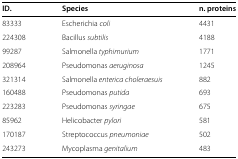
<table><thead><tr><td><b>ID.</b></td><td><b>Species</b></td><td><b>n. proteins</b></td></tr></thead><tbody><tr><td>83333</td><td>Escherichia <i>coli</i></td><td>4431</td></tr><tr><td>224308</td><td>Bacillus <i>subtilis</i></td><td>4188</td></tr><tr><td>99287</td><td>Salmonella <i>typhimurium</i></td><td>1771</td></tr><tr><td>208964</td><td>Pseudomonas <i>aeruginosa</i></td><td>1245</td></tr><tr><td>321314</td><td>Salmonella <i>enterica</i><i>choleraesuis</i></td><td>882</td></tr><tr><td>160488</td><td>Pseudomonas <i>putida</i></td><td>693</td></tr><tr><td>223283</td><td>Pseudomonas <i>syringae</i></td><td>675</td></tr><tr><td>85962</td><td>Helicobacter <i>pylori</i></td><td>581</td></tr><tr><td>170187</td><td>Streptococcus <i>pneumoniae</i></td><td>502</td></tr><tr><td>243273</td><td>Mycoplasma <i>genitalium</i></td><td>483</td></tr></tbody></table>